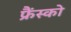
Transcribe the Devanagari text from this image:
फ्रैंस्को